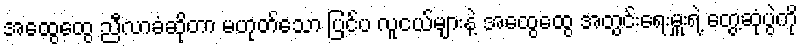
အထွေထွေ ညီလာခံဆိုတာ မဟုတ်သော ပြင်ပ လူငယ်များနဲ့ အထွေထွေ အတွင်းရေးမှူးရဲ့ တွေ့ဆုံပွဲကို